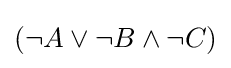
{\textstyle (\neg A\vee \neg B\land \neg C)}